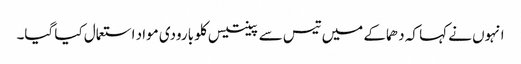
انہوں نے کہا کہ دھماکے میں تیس سے پینتیس کلو بارودی مواد استعمال کیا گیا۔